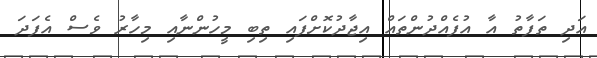
އަދި ތަފާތު އާ އުފެއްދުންތައް އިޖާދުކޮށްފައި ތިބި މީހުންނާއި މިހާރު ވެސް އެފަދަ